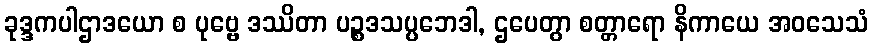
ခုဒ္ဒကပါဌာဒယော စ ပုဗ္ဗေ ဒဿိတာ ပဉ္စဒသပ္ပဘေဒါ, ဌပေတွာ စတ္တာရော နိကာယေ အဝသေသံ